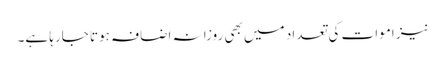
نیز اموات کی تعداد میں بھی روزانہ اضافہ ہوتا جارہا ہے۔